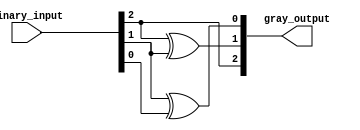
module gray_code_encoder #(parameter N = 3) (
    input  wire [N-1:0] binary_input,  // n-bit binary input
    output wire [N-1:0] gray_output     // n-bit Gray code output
);

// Combinational logic for binary to Gray code conversion
assign gray_output[N-1] = binary_input[N-1]; // Most significant bit remains the same
genvar i;
generate
    for (i = N-2; i >= 0; i = i - 1) begin : gray_code_logic
        assign gray_output[i] = binary_input[i+1] ^ binary_input[i]; // XOR of current and next bit
    end
endgenerate

endmodule